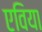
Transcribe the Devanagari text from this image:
एविया